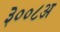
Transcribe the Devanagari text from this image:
३००८अ